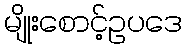
မျိုးစောင့်ဥပဒေ